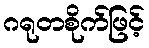
ဂရုတစိုက်ဖြင့်